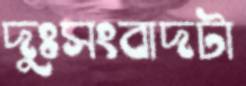
দুঃসংবাদটা